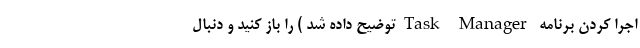
اجرا کردن برنامه Task Managerتوضیح داده شد ) را باز کنید و دنبال